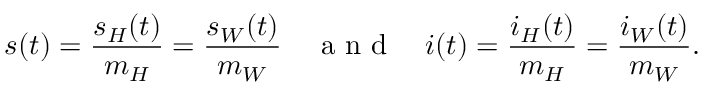
s ( t ) = \frac { s _ { H } ( t ) } { m _ { H } } = \frac { s _ { W } ( t ) } { m _ { W } } \quad \mathrm { ~ a ~ n ~ d ~ } \quad i ( t ) = \frac { i _ { H } ( t ) } { m _ { H } } = \frac { i _ { W } ( t ) } { m _ { W } } .